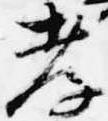
孝